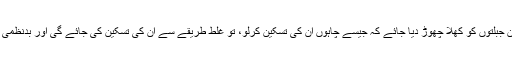
لیکن اگر ان جبلتوں کو کھلا چھوڑ دیا جائے کہ جیسے چاہوں ان کی تسکین کرلو، تو غلط طریقے سے ان کی تسکین کی جائے گی اور بدنظمی پیدا ہو گی۔